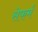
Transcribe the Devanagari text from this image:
सेफर्म